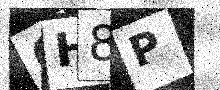
Text: 6H8P